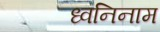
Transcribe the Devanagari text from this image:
ध्वनिनाम